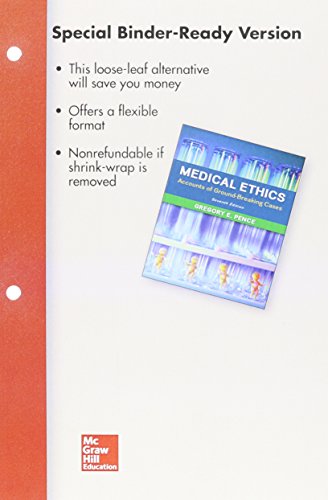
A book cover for Looseleaf for Medical Ethics: Accounts of Ground-Breaking Cases; Gregory Pence; Medical Books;